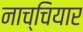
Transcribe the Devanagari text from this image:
नाच्चियार